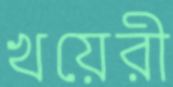
খয়েরী